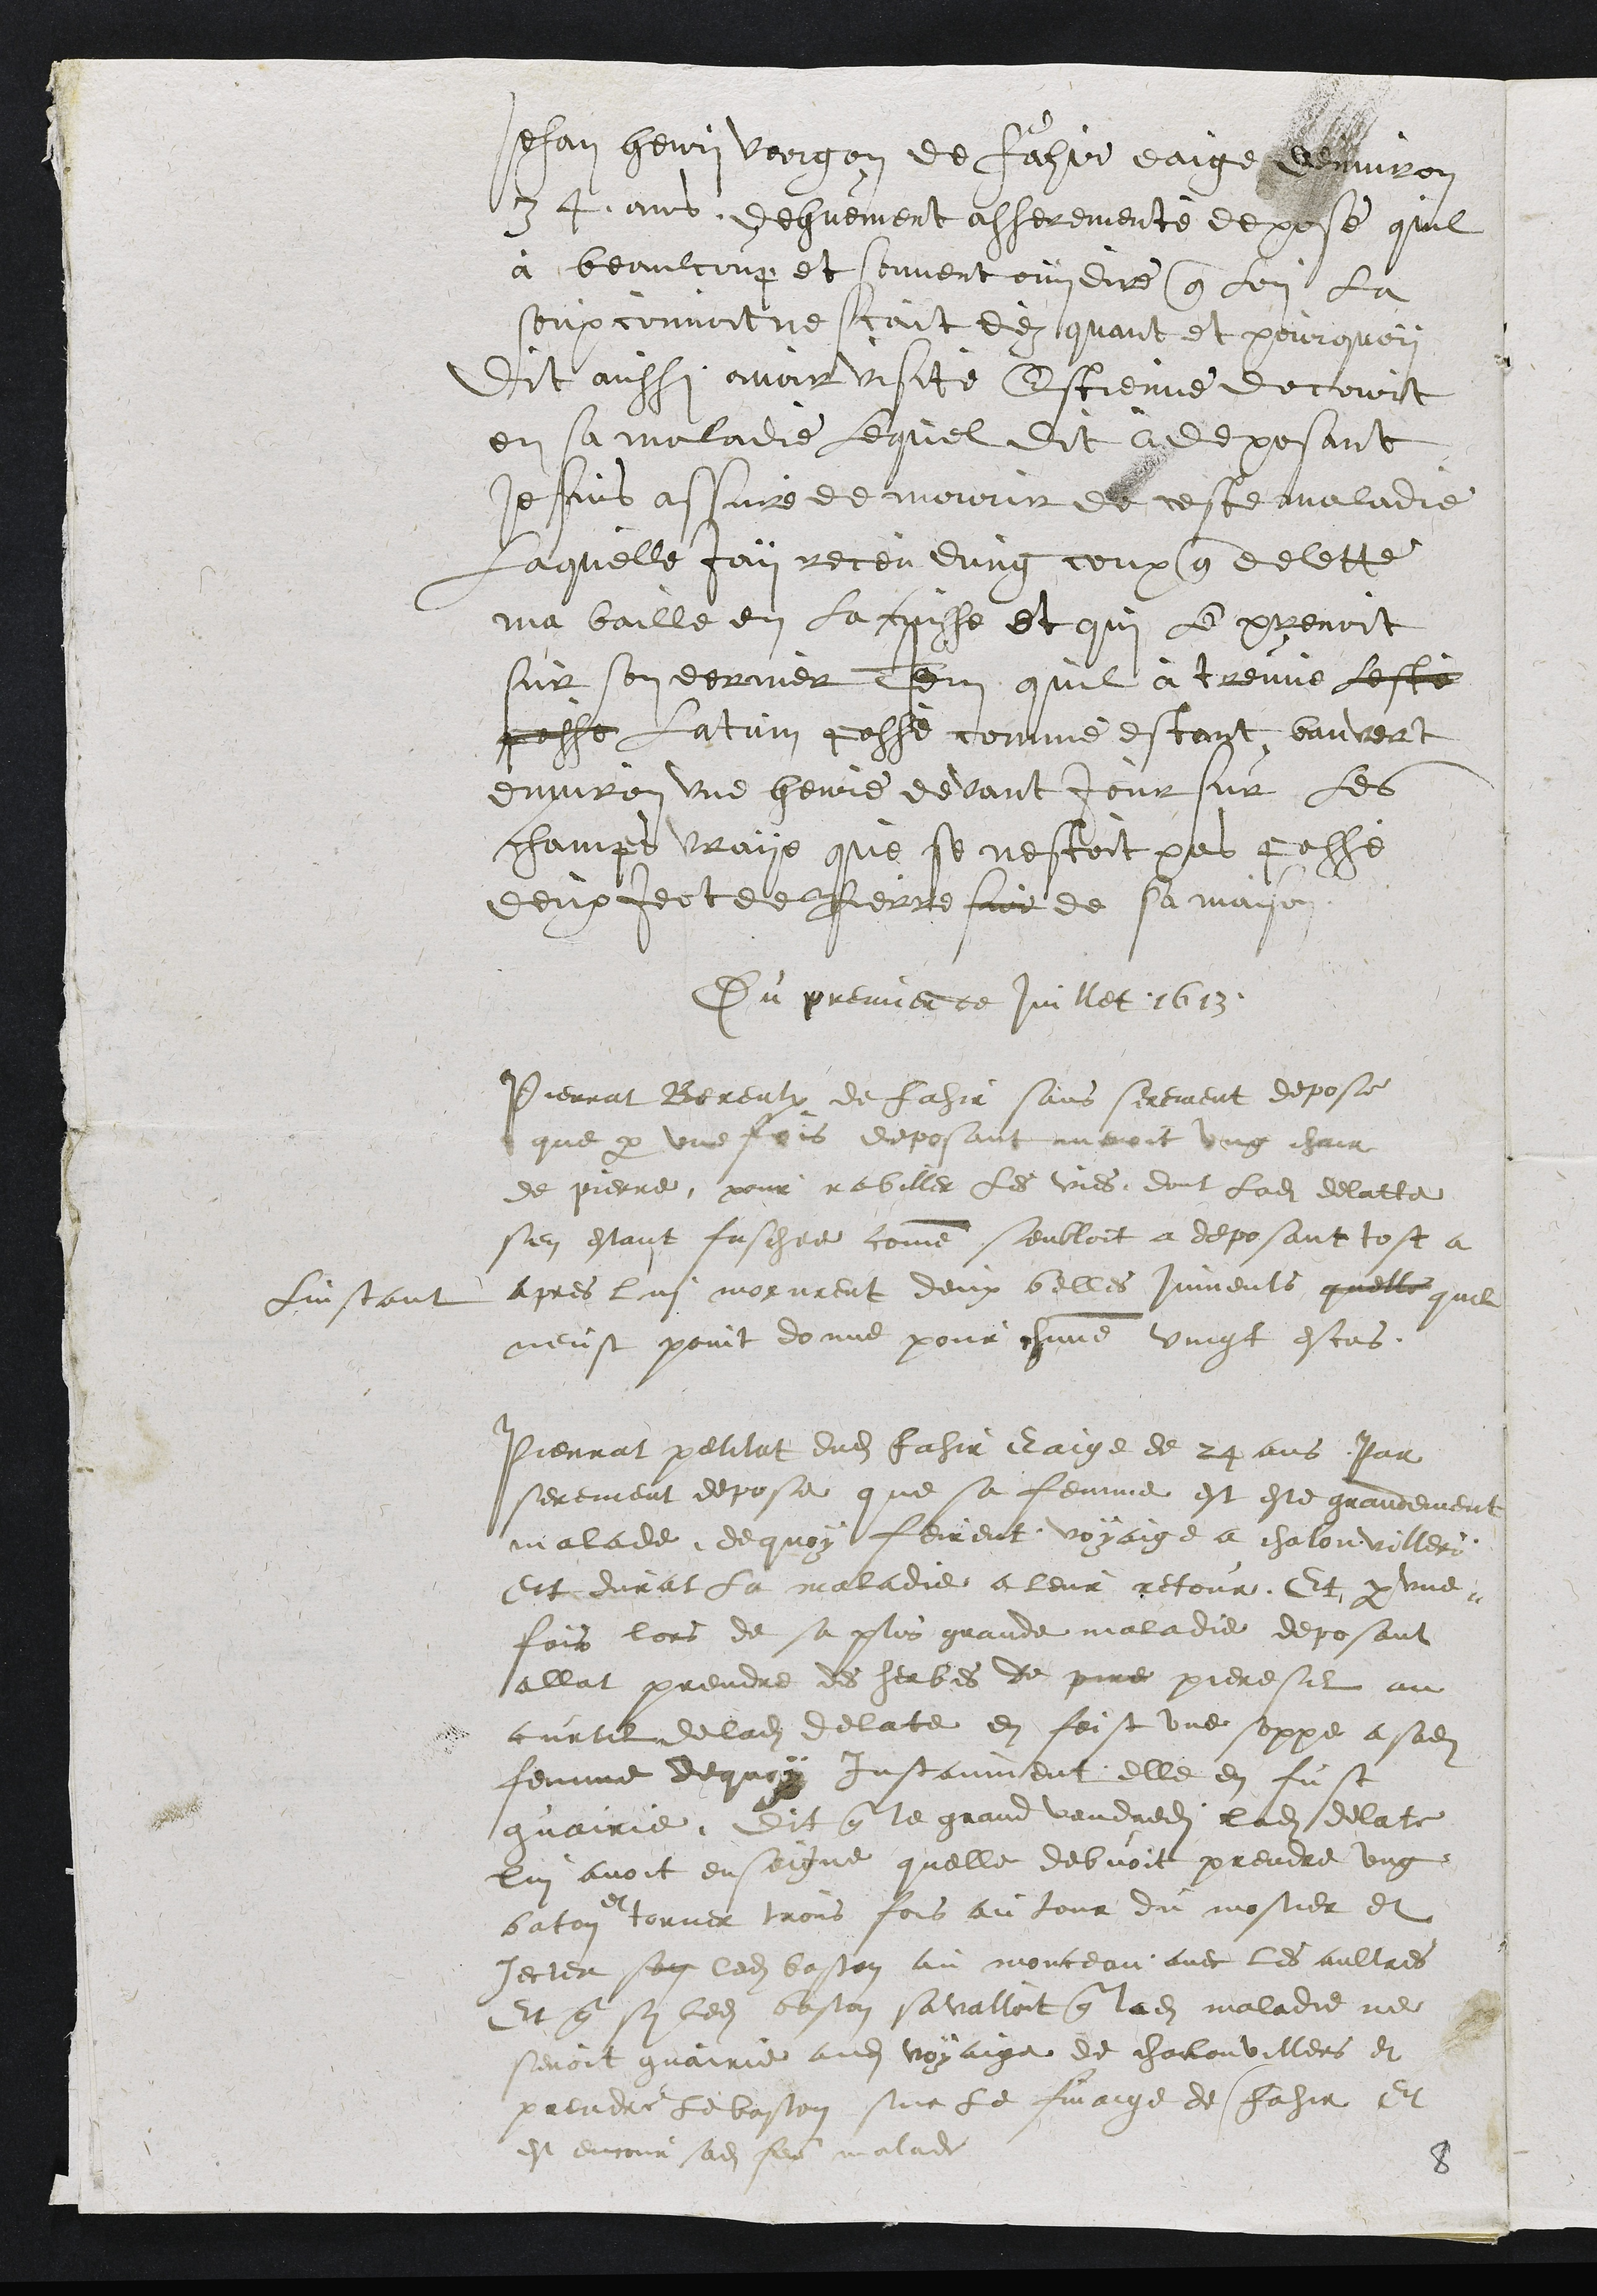
Jehan Henri Vergon de Fahir eaige denviron
34 ans, dehuement asserementé depose quil
à beaulcoup et souvent ouy dire que lon la
soupconnoit ne scait dez quant et pourquoy
Dit aussi avoir visite Estienne docourt
en sa maladie lequel dit à deposant
je suis assuré de mourir de ceste maladie
laquelle jay receu dung coup que delette
ma baille en la cuisse et qui le prenoit
sur son derrier Item quil à treuve lesté
passe latum passé comme estant banvert
environ une heure devant jour sur les
champs vrays que se nestoit pas passé
deux jectee Pierre sur de sa maison
Du premier de Juillet 1613
Pierrat Bereulx de Fahir sans serement depose
que par une fois deposant menoit ung chair
de pierre pour rabiller les vies dont ladite delatte
sen estant faschee comme senbloit a deposant tost a
Linstant apres lui morurent deux belles juments quelle quil
neust point donne pour chacune vingt escus
Pierrat petitat dudit Fahir eaige de 24 ans par
serement depose que sa femme est este grandement
malade, de quoy feirent voyaige a chalonvilleri
Et durat la maladie a leur retour. Et par une
fois lors de sa plus grande maladie deposant
allat prendre des herbes de pire pieresil au
curtil de ladite delate en feist une soppe a sadite
femme de quoy instanment elle en fust
guairie. Dit que le grand vendredit ladite delate
lui avoit enseigne quelle debvoit prendre ung
baton
et
torner trois fois au tour du mostier et
jecter son ledit baston au monceau avec les aultres
Et que sy ledit baston savalloit que ladite maladie ne
seroit guairie audit voyaige de chailonvillers et
prendre Le baston sur le finaige de Fahir Et
est encour sadite femme malade